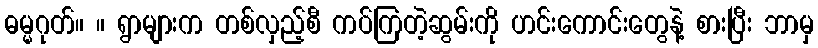
ဓမ္မဂုတ်။ ။ ရွာများက တစ်လှည့်စီ ကပ်ကြတဲ့ဆွမ်းကို ဟင်းကောင်းတွေနဲ့ စားပြီး ဘာမှ